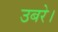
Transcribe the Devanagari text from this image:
उबरे।